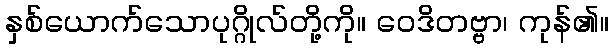
နှစ်ယောက်သောပုဂ္ဂိုလ်တို့ကို။ ဝေဒိတဗ္ဗာ၊ ကုန်၏။